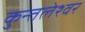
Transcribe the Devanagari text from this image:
कुन्तलेश्वर